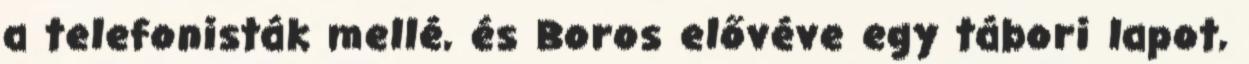
a telefonisták mellé, és Boros elővéve egy tábori lapot,